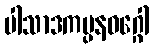
ပါသာဒကမ္ပနဝဂ္ဂေါ